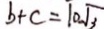
b + c = 1 0 \sqrt { 3 }